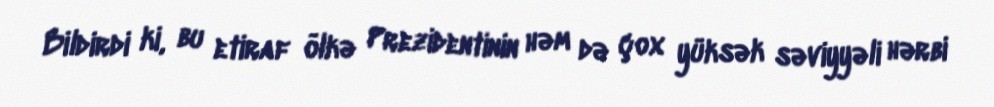
Bildirdi ki, bu etiraf ölkə Prezidentinin həm də çox yüksək səviyyəli hərbi